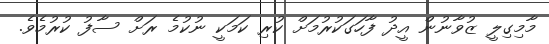
މާމިގިލީ ޒުވާނުން އީދު ފާހަގަކުރުމަށް ކުރި ކަމަކީ ނުކުމެ ރަށް ސާފު ކުރުމެވެ.